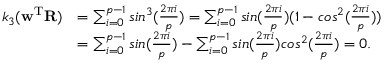
\begin{array} { r l } { k _ { 3 } ( \mathbf w ^ { \mathrm T } \mathbf { R } ) } & { = \sum _ { i = 0 } ^ { p - 1 } s i n ^ { 3 } ( \frac { 2 \pi i } { p } ) = \sum _ { i = 0 } ^ { p - 1 } s i n ( \frac { 2 \pi i } { p } ) ( 1 - c o s ^ { 2 } ( \frac { 2 \pi i } { p } ) ) } \\ & { = \sum _ { i = 0 } ^ { p - 1 } s i n ( \frac { 2 \pi i } { p } ) - \sum _ { i = 0 } ^ { p - 1 } s i n ( \frac { 2 \pi i } { p } ) c o s ^ { 2 } ( \frac { 2 \pi i } { p } ) = 0 . } \end{array}